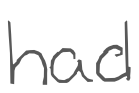
Text: had
Cross-out: clean
Writing tool: digital_gray